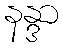
နန္ဒာ